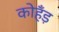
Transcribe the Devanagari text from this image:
कोहँड़